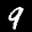
Label: 9